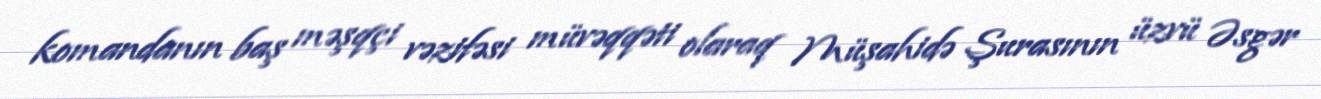
komandanın baş məşqçi vəzifəsi müvəqqəti olaraq Müşahidə Şurasının üzvü Əsgər